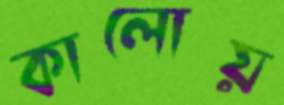
কালোয়